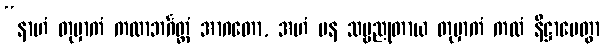
“နာဟံ တုမှာကံ ကထာဘင်္ဂတ္ထံ အာဂတော, အဟံ ပန သဗ္ဗညုတာယ တုမှာကံ ကထံ နိဋ္ဌာပေတွာ